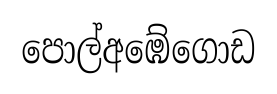
පොල්අඹේගොඩ